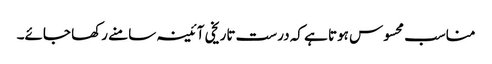
مناسب محسوس ہوتا ہے کہ درست تاریخی آئینہ سامنے رکھا جائے۔